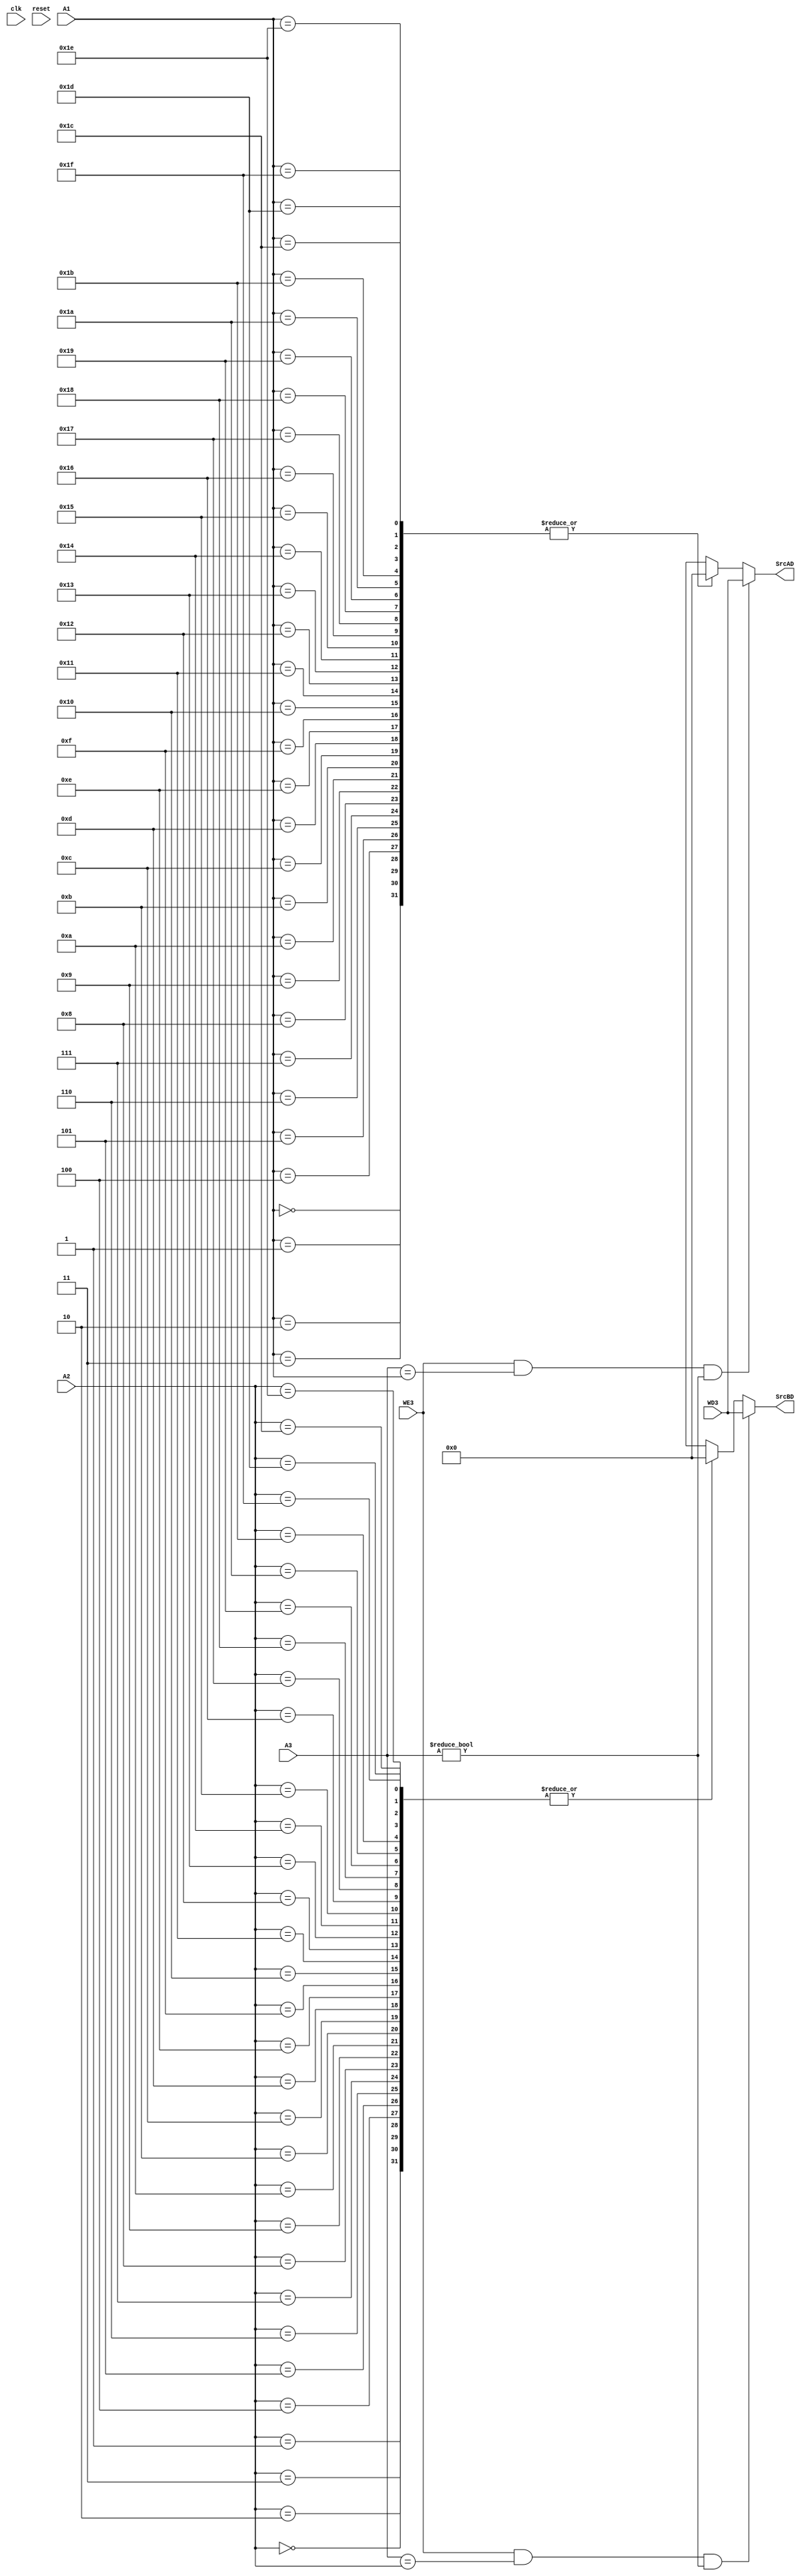
module RegFile(
  input           clk, reset, WE3,
  input   [4:0]   A1, A2, A3,
  input   [31:0]  WD3,
  output  [31:0]  SrcAD, SrcBD
  );
  
  reg [31:0] Regs[31:0];
  
  integer i;
  
  initial
    for (i = 0; i < 32; i = i + 1)
      Regs[i] <= 0;
  
  always @(reset)
    for (i = 0; i < 32; i = i + 1)
      Regs[i] <= 0;
  
  always @(posedge clk)
    if ((WE3 == 1'b1) && (A3 != 5'b00000))
      Regs[A3] <= WD3;
  
  assign SrcAD = ((WE3 == 1'b1) && (A3 == A1) && (A3 != 5'b00000)) ? WD3 : Regs[A1];
  assign SrcBD = ((WE3 == 1'b1) && (A3 == A2) && (A3 != 5'b00000)) ? WD3 : Regs[A2];
  
endmodule